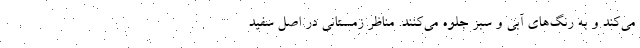
می‌کند و به رنگ‌های آبی و سبز جلوه می‌کنند. مناظر زمستانی در اصل سفید